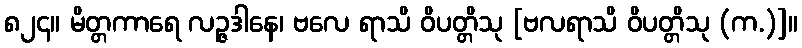
၈၂၄။ မိတ္တကာရေ လဉ္ဇဒါနေ၊ ဗလေ ရာသိ ဝိပတ္တိသု [ဗလရာသိ ဝိပတ္တိသု (က.)]။